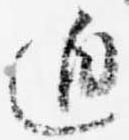
迫